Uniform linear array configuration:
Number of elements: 48
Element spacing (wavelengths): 0.25
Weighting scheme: cosine
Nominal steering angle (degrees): -60
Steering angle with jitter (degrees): -58.697
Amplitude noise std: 0.05
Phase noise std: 0.05

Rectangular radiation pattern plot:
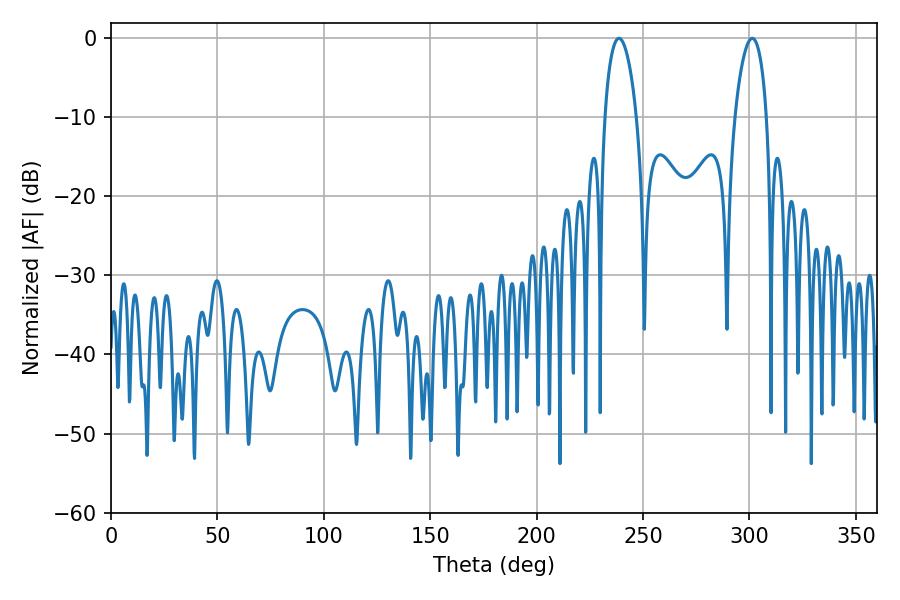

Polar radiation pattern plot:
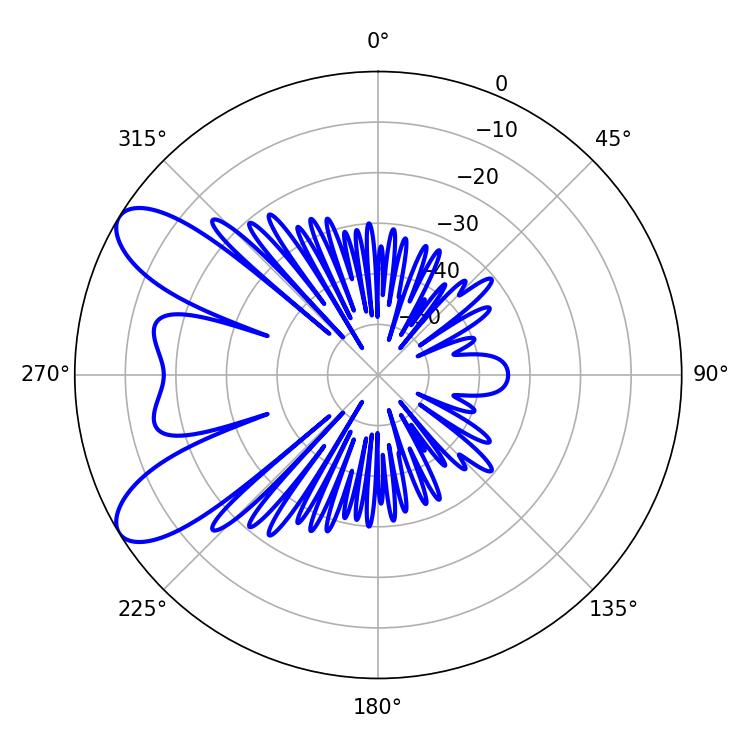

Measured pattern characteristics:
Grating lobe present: FALSE
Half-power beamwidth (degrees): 8.46
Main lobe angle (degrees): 238.68